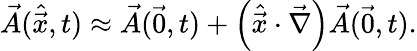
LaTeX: \vec{A}(\hat{\vec{x}},t)\approx\vec{A}(\vec{0},t)+\left(\hat{\vec{x}}\cdot\vec{\nabla}\right)\vec{A}(\vec{0},t).